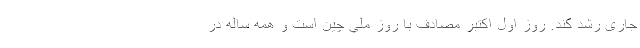
جاری رشد کند. روز اول اكتبر مصادف با روز ملي چين است و همه ساله در